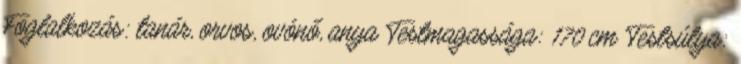
Foglalkozás: tanár, orvos, ovónő, anya Testmagassága: 170 cm Testsúlya: